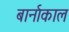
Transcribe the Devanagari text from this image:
बार्नाकाल